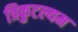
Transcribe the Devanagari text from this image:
त्रिकुटल्यम